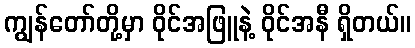
ကျွန်တော်တို့မှာ ဝိုင်အဖြူနဲ့ ဝိုင်အနီ ရှိတယ်။